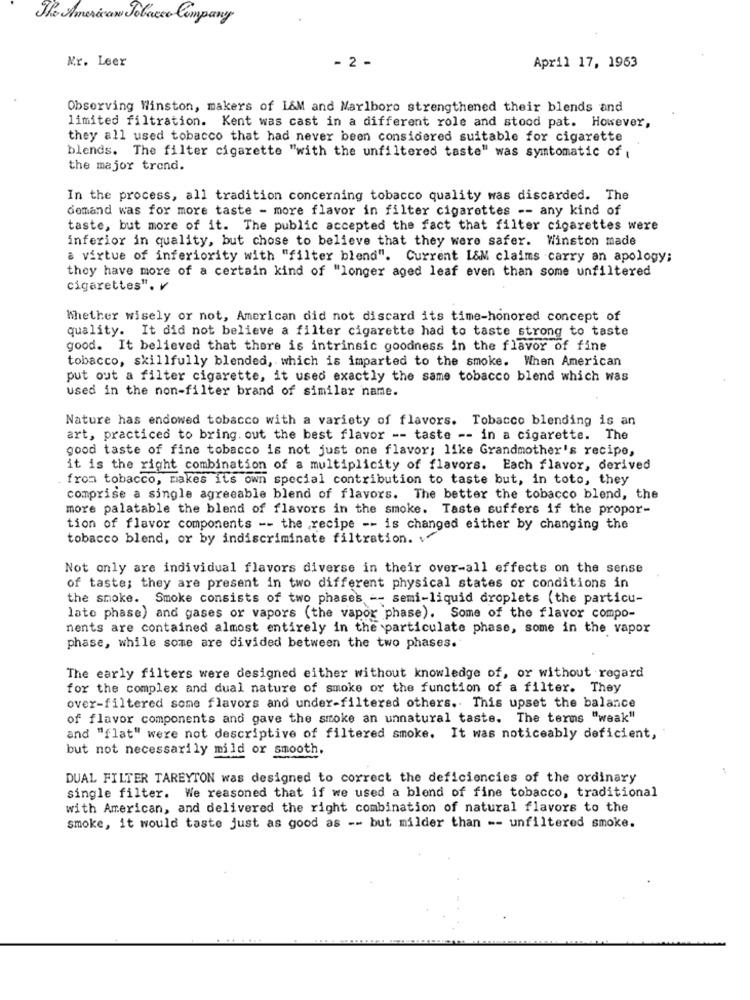
The American Tobacco Company
Mr. Leer
- 2 -
April 17, 1963
Observing Winston, makers of L&M and Marlboro strengthened their blends and
limited filtration. Kent was cast in a different role and stood pat. However,
they all used tobacco that had never been considered suitable for cigarette
blends. The filter cigarette "with the unfiltered taste" was symtomatic of
the major trend.
In the process, all tradition concerning tobacco quality was discarded. The
demand was for more taste - more flavor in filter cigarettes -- any kind of
taste, but more of it. The public accepted the fact that filter cigarettes were
inferior in quality, but chose to believe that they were safer. Winston made
a virtue of inferiority with "filter blend". Current I&M claims carry an apology;
they have more of a certain kind of "longer aged leaf even than some unfiltered
cigarettes". v
Whether wisely or not, American did not discard its time-honored concept of
quality. It did not believe a filter cigarette had to taste strong to taste
good. It believed that there is intrinsic goodness in the flavor of fine
tobacco, skillfully blended, which is imparted to the smoke. When American
put out a filter cigarette, it used exactly the same tobacco blend which was
used in the non-filter brand of similar name.
Nature has endowed tobacco with a variety of flavors. Tobacco blending is an
art, practiced to bring. out the best flavor -- taste -- in a cigarette. The
good taste of fine tobacco is not just one flavor; like Grandmother's recipe,
it is the right combination of a multiplicity of flavors. Each flavor, derived
from tobacco, makes its own special contribution to taste but, in toto, they
comprise a single agreeable blend of flavors. The better the tobacco blend, the
more palatable the blend of flavors in the smoke. Taste suffers if the propor-
tion of flavor components -- the recipe -- is changed either by changing the
tobacco blend, or by indiscriminate filtration.
Not only are individual flavors diverse in their over-all effects on the sense
of taste; they are present in two different physical states or conditions in
the smoke. Smoke consists of two phases -- semi-liquid droplets ( the particu-
late phase) and gases or vapors (the vapor phase). Some of the flavor compo-
nents are contained almost entirely in the particulate phase, some in the vapor
phase, while some are divided between the two phases."
The early filters were designed either without knowledge of, or without regard
for the complex and dual nature of smoke or the function of a filter. They
over-filtered some flavors and under-filtered others. This upset the balance
of flavor components and gave the smoke an unnatural taste. The terms "weak"
and "flat" were not descriptive of filtered smoke. It was noticeably deficient,
but not necessarily mild or smooth.
DUAL FILTER TAREYTON was designed to correct the deficiencies of the ordinary
single filter. We reasoned that if we used a blend of fine tobacco, traditional
with American, and delivered the right combination of natural flavors to the
smoke, it would taste just as good as -- but milder than -- unfiltered smoke.